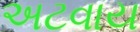
અટવાય